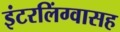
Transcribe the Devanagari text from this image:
इंटरलिंग्वासह